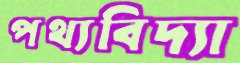
পথ্যবিদ্যা